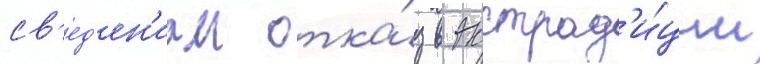
св'ед'ен'иам отка́з в экстрад'и́ции